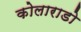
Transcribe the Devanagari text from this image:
कोलाराडो